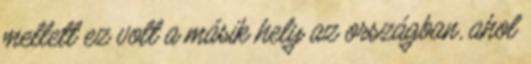
mellett ez volt a másik hely az országban, ahol